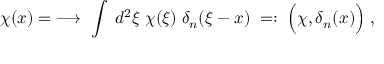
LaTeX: \chi ( x ) = \; \longrightarrow \; \int \; d ^ { 2 } \xi \; \chi ( \xi ) \; \delta _ { n } ( \xi - x ) \; = : \; \Big ( \chi , \delta _ { n } ( x ) \Big ) \; ,